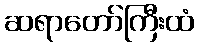
ဆရာတော်ကြီးထံ